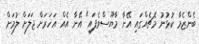
ބެންޒެމާ ކުޅުނު މެޗެއްގައި އޭނާ މާޔޫސްވެފައި" އޭނާ އެއް އަހަރަށް ޖަލަށް ލުމަށް